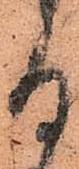
る